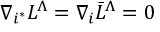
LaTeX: \nabla _ { i ^ { * } } L ^ { \Lambda } = \nabla _ { i } \bar { L } ^ { \Lambda } = 0